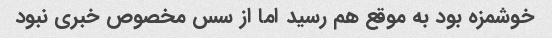
خوشمزه بود به موقع هم رسید اما از سس مخصوص خبری نبود